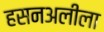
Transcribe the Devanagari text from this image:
हसनअलीला